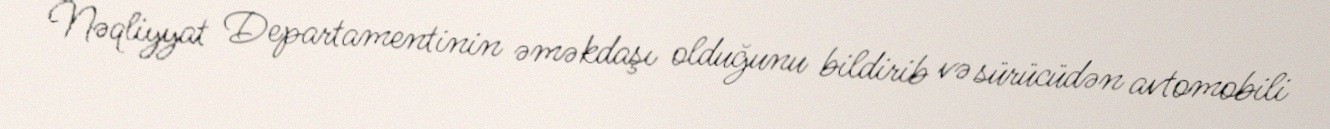
Nəqliyyat Departamentinin əməkdaşı olduğunu bildirib və sürücüdən avtomobili